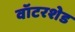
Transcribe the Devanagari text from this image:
वॉटरशेड